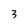
Character: 3